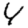
Digit: 4